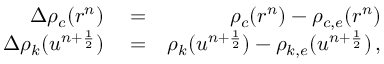
\begin{array} { r l r } { \Delta \rho _ { c } ( r ^ { n } ) } & { { } = } & { \rho _ { c } ( r ^ { n } ) - \rho _ { c , e } ( r ^ { n } ) } \\ { \Delta \rho _ { k } ( u ^ { n + \frac { 1 } { 2 } } ) } & { { } = } & { \rho _ { k } ( u ^ { n + \frac { 1 } { 2 } } ) - \rho _ { k , e } ( u ^ { n + \frac { 1 } { 2 } } ) \, , } \end{array}